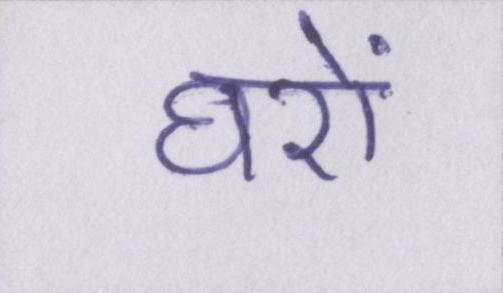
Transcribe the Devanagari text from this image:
घरों